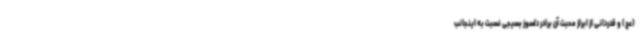
(عج) و قدردانی از ابراز محبت آن برادر دلسوز بسیجی نسبت به اینجانب